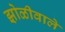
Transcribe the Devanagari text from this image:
झोळीवाले